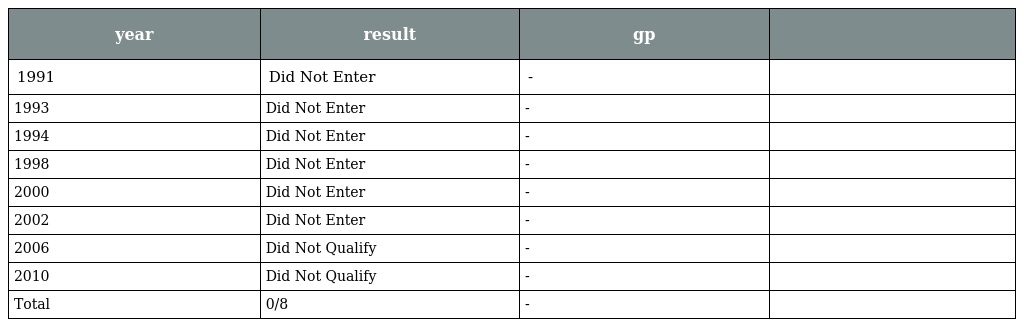
| year | result | gp |  |
 | --- | --- | --- | --- |
 | 1991 | Did Not Enter | - |  |
 | 1993 | Did Not Enter | - |  |
 | 1994 | Did Not Enter | - |  |
 | 1998 | Did Not Enter | - |  |
 | 2000 | Did Not Enter | - |  |
 | 2002 | Did Not Enter | - |  |
 | 2006 | Did Not Qualify | - |  |
 | 2010 | Did Not Qualify | - |  |
 | Total | 0/8 | - |  |